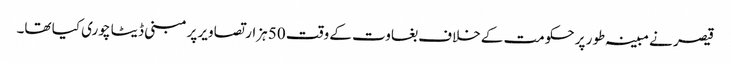
قیصر نے مبینہ طور پر حکومت کے خلاف بغاوت کے وقت 50 ہزار تصاویر پرمبنی ڈیٹا چوری کیا تھا۔